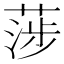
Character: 𦶼